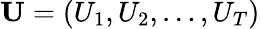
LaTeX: \mathbf{U}=(U_{1},U_{2},\ldots,U_{T})